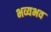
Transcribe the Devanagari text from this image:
भव्यभव